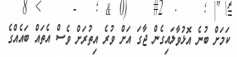
ކަމަށް ބުނެ އޮޅުވާލައިގެން ޖާގަ އަށް ވުރެ އިތުރަށް ވެސް އެތައް ބައެއްގެ